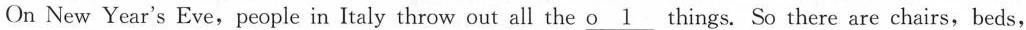
On New Year's Eve, people in Italy throw out all the o\underline{1}things.So there are chairs,beds,